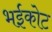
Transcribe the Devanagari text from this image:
भईकोट